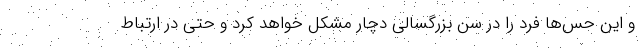
و این حس‌ها فرد را در سن بزرگسالی دچار مشکل خواهد کرد و حتی در ارتباط